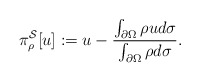
\begin{align*}\pi^{\mathcal S}_{\rho}[u]:=u-\frac{\int_{\partial\Omega}\rho u d\sigma}{\int_{\partial\Omega}\rho d\sigma}.\end{align*}